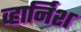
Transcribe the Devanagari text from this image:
व्हार्निश